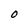
Character: O